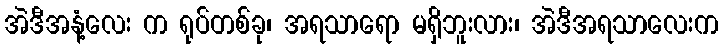
အဲဒီအနံ့လေး က ရုပ်တစ်ခု၊ အရသာရော မရှိဘူးလား၊ အဲဒီအရသာလေးက